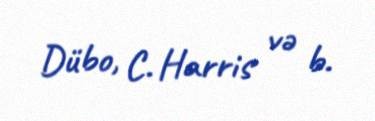
Dübo, C. Harris və b.